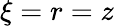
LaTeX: \xi=r=z